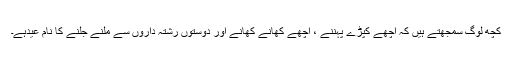
کچھ لوگ سمجھتے ہیں کہ اچھے کپڑے پہننے ، اچھے کھانے کھانے اور دوستوں رشتہ داروں سے ملنے جلنے کا نام عیدہے۔